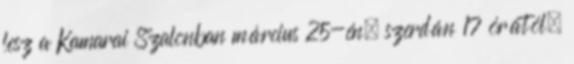
lesz a Kamarai Szalonban március 25-én, szerdán 17 órától.